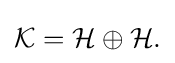
\displaystyle {{\mathcal {K}}={\mathcal {H}}\oplus {\mathcal {H}}.}